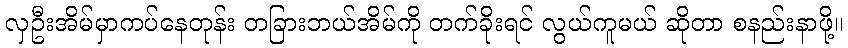
လှဦးအိမ်မှာကပ်နေတုန်း တခြားဘယ်အိမ်ကို တက်ခိုးရင် လွယ်ကူမယ် ဆိုတာ စနည်းနာဖို့။